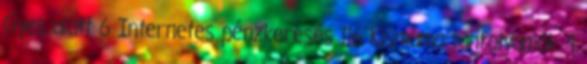
Gyes alatt 6 Internetes pénzkeresés 116 Kismama tanfolyamok 4